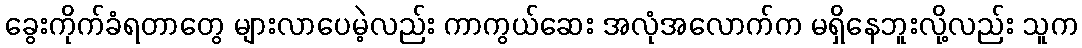
ခွေးကိုက်ခံရတာတွေ များလာပေမဲ့လည်း ကာကွယ်ဆေး အလုံအလောက်က မရှိနေဘူးလို့လည်း သူက